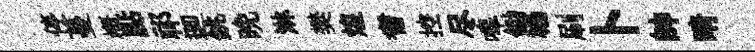
停蔓槪點祁逥銚晚淋樊煌耆控尽嗥鋤楊刷卜帥晴